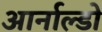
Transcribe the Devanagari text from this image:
आर्नाल्डो